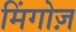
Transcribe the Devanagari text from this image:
मिंगोज़